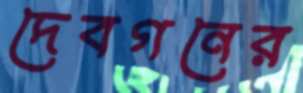
দেবগনের